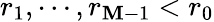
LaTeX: r_{1},\cdots,r_{\mathbf{M}-1}<r_{0}